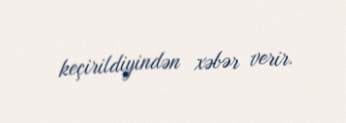
keçirildiyindən xəbər verir.